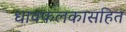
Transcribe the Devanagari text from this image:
धावफलकासहित